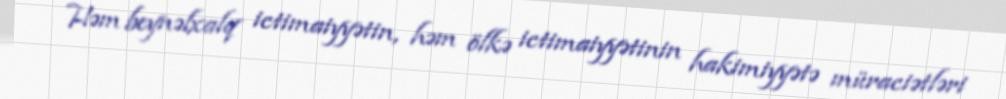
Həm beynəlxalq ictimaiyyətin, həm ölkə ictimaiyyətinin hakimiyyətə müraciətləri